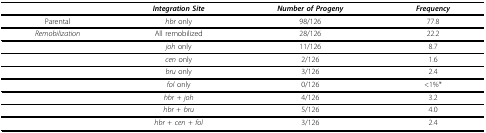
|  | Integration Site | Number of Progeny | Frequency |
 | --- | --- | --- | --- |
 | Parental | hbr only | 98/126 | 77.8 |
 | Remobilization | All remobilized | 28/126 | 22.2 |
 |  | joh only | 11/126 | 8.7 |
 |  | cen only | 2/126 | 1.6 |
 |  | bru only | 3/126 | 2.4 |
 |  | fol only | 0/126 | <1%* |
 |  | hbr + joh | 4/126 | 3.2 |
 |  | hbr + bru | 5/126 | 4.0 |
 |  | hbr + cen + fol | 3/126 | 2.4 |